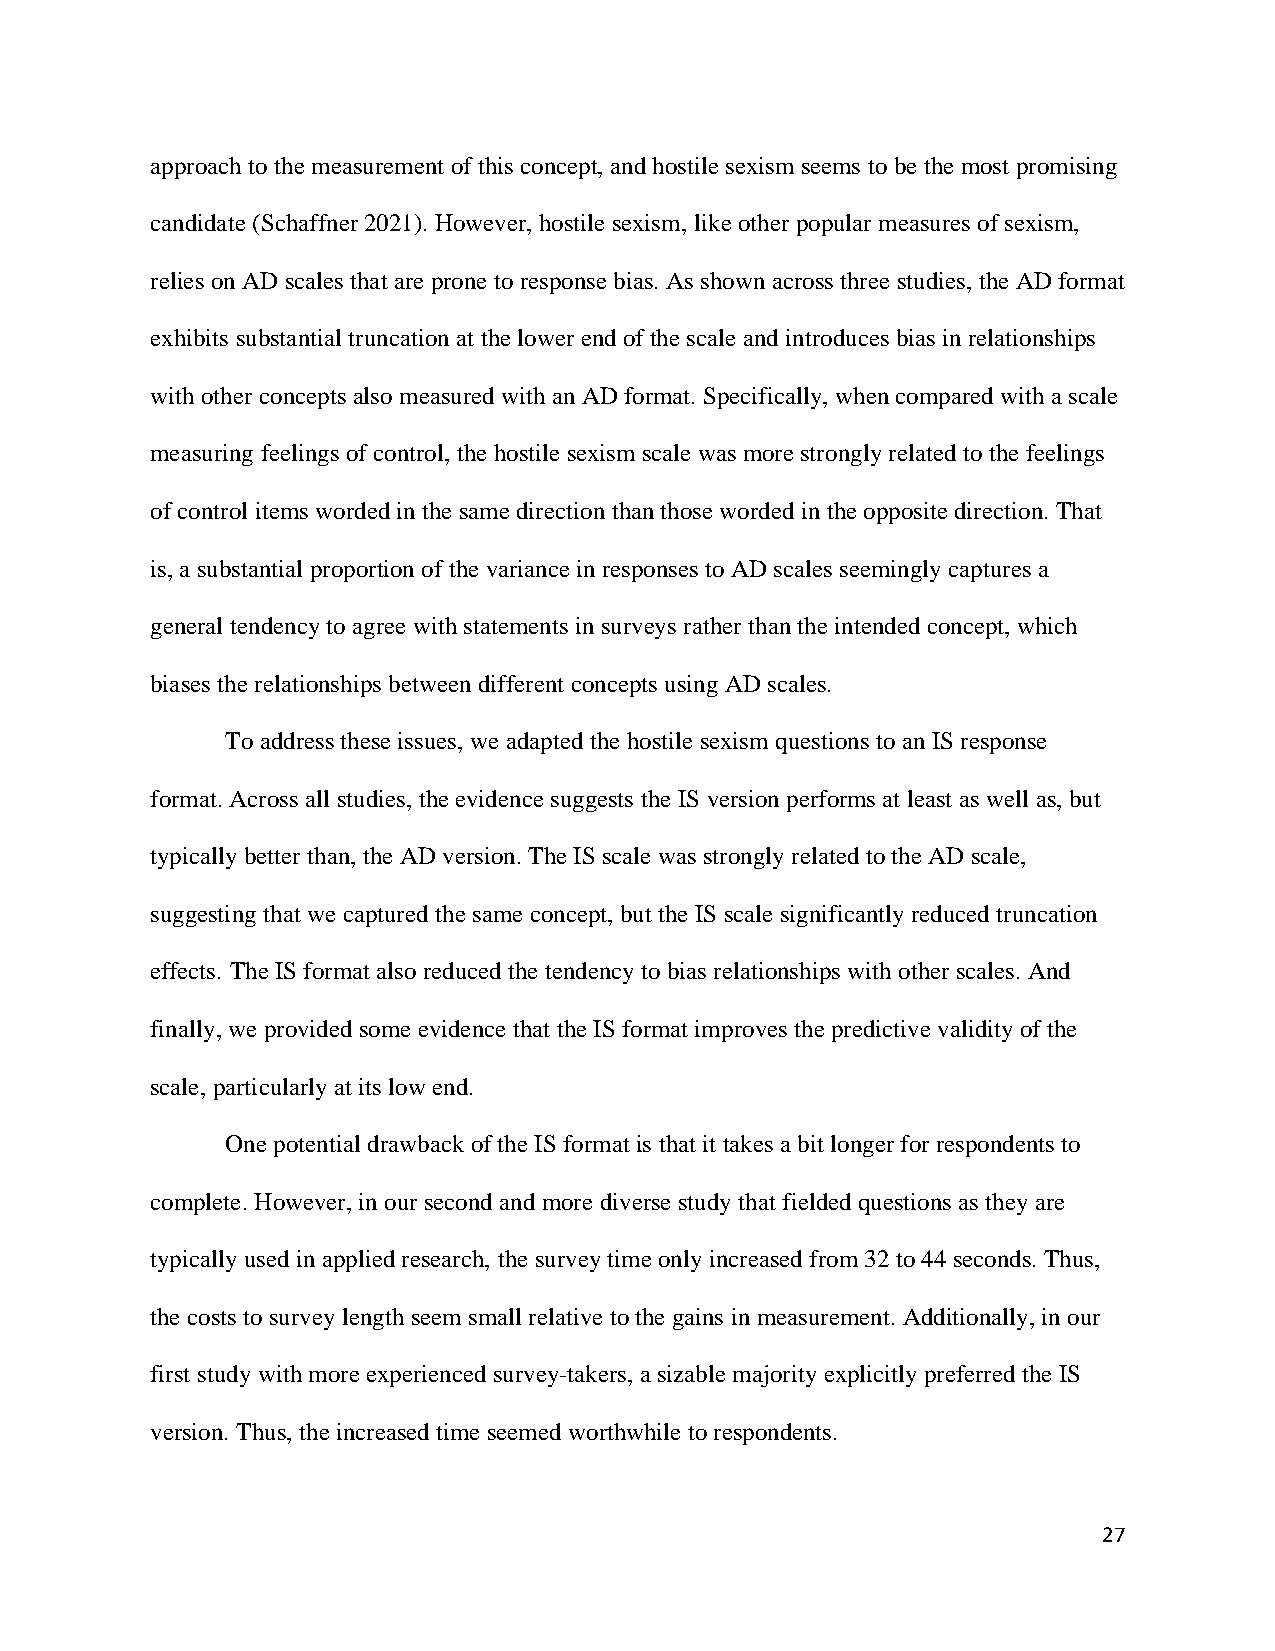
approach to the measurement of this concept, and hostile sexism seems to be the most promising
 candidate (Schaffner 2021). However, hostile sexism, like other popular measures of sexism,
 relies on AD scales that are prone to response bias. As shown across three studies, the AD format
 exhibits substantial truncation at the lower end of the scale and introduces bias in relationships
 with other concepts also measured with an AD format. Specifically, when compared with a scale
 measuring feelings of control, the hostile sexism scale was more strongly related to the feelings
 of control items worded in the same direction than those worded in the opposite direction. That
 is, a substantial proportion of the variance in responses to AD scales seemingly captures a
 general tendency to agree with statements in surveys rather than the intended concept, which
 biases the relationships between different concepts using AD scales.
 To address these issues, we adapted the hostile sexism questions to an IS response
 format. Across all studies, the evidence suggests the IS version performs at least as well as, but
 typically better than, the AD version. The IS scale was strongly related to the AD scale,
 suggesting that we captured the same concept, but the IS scale significantly reduced truncation
 effects. The IS format also reduced the tendency to bias relationships with other scales. And
 finally, we provided some evidence that the IS format improves the predictive validity of the
 scale, particularly at its low end.
 One potential drawback of the IS format is that it takes a bit longer for respondents to
 complete. However, in our second and more diverse study that fielded questions as they are
 typically used in applied research, the survey time only increased from 32 to 44 seconds. Thus,
 the costs to survey length seem small relative to the gains in measurement. Additionally, in our
 first study with more experienced survey-takers, a sizable majority explicitly preferred the IS
 version. Thus, the increased time seemed worthwhile to respondents.
 27